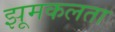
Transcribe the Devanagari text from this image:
झूमकलता